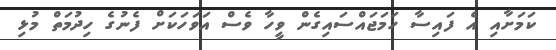
ކަމަށާއި އެ ފައިސާ ހަމަޖައްސައިގެން ވީހާ ވެސް އަވަހަކަށް ފެނުގެ ހިދުމަތް މުޅި